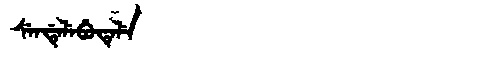
Manchu: ᠰᡝᠨᡩᡝᠯᡝᠪᡠᡨᡝᠯᡝ
Romanization: SENDELEBUTELE